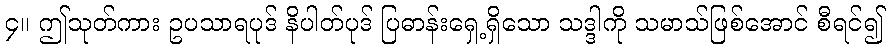
၄။ ဤသုတ်ကား ဥပသာရပုဒ် နိပါတ်ပုဒ် ပြဓာန်းရှေ့ရှိသော သဒ္ဒါကို သမာသ်ဖြစ်အောင် စီရင်၍